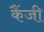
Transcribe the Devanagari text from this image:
कैंजी